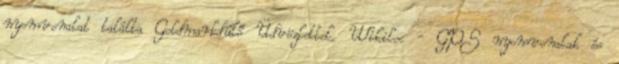
nyomvonalat találta Goldmarkdűlő Üdvözlettel, Wikiloc - GPS nyomvonalak és